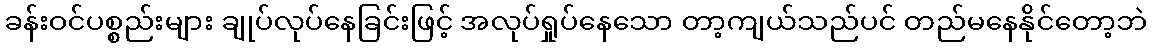
ခန်းဝင်ပစ္စည်းများ ချုပ်လုပ်နေခြင်းဖြင့် အလုပ်ရှုပ်နေသော တာ့ကျယ်သည်ပင် တည်မနေနိုင်တော့ဘဲ